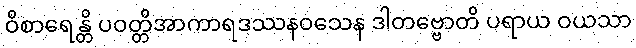
ဝိစာရေန္တိ ပဝတ္တိအာကာရဒဿနဝသေန ဒါတဗ္ဗောတိ ပရာယ ဝယသာ